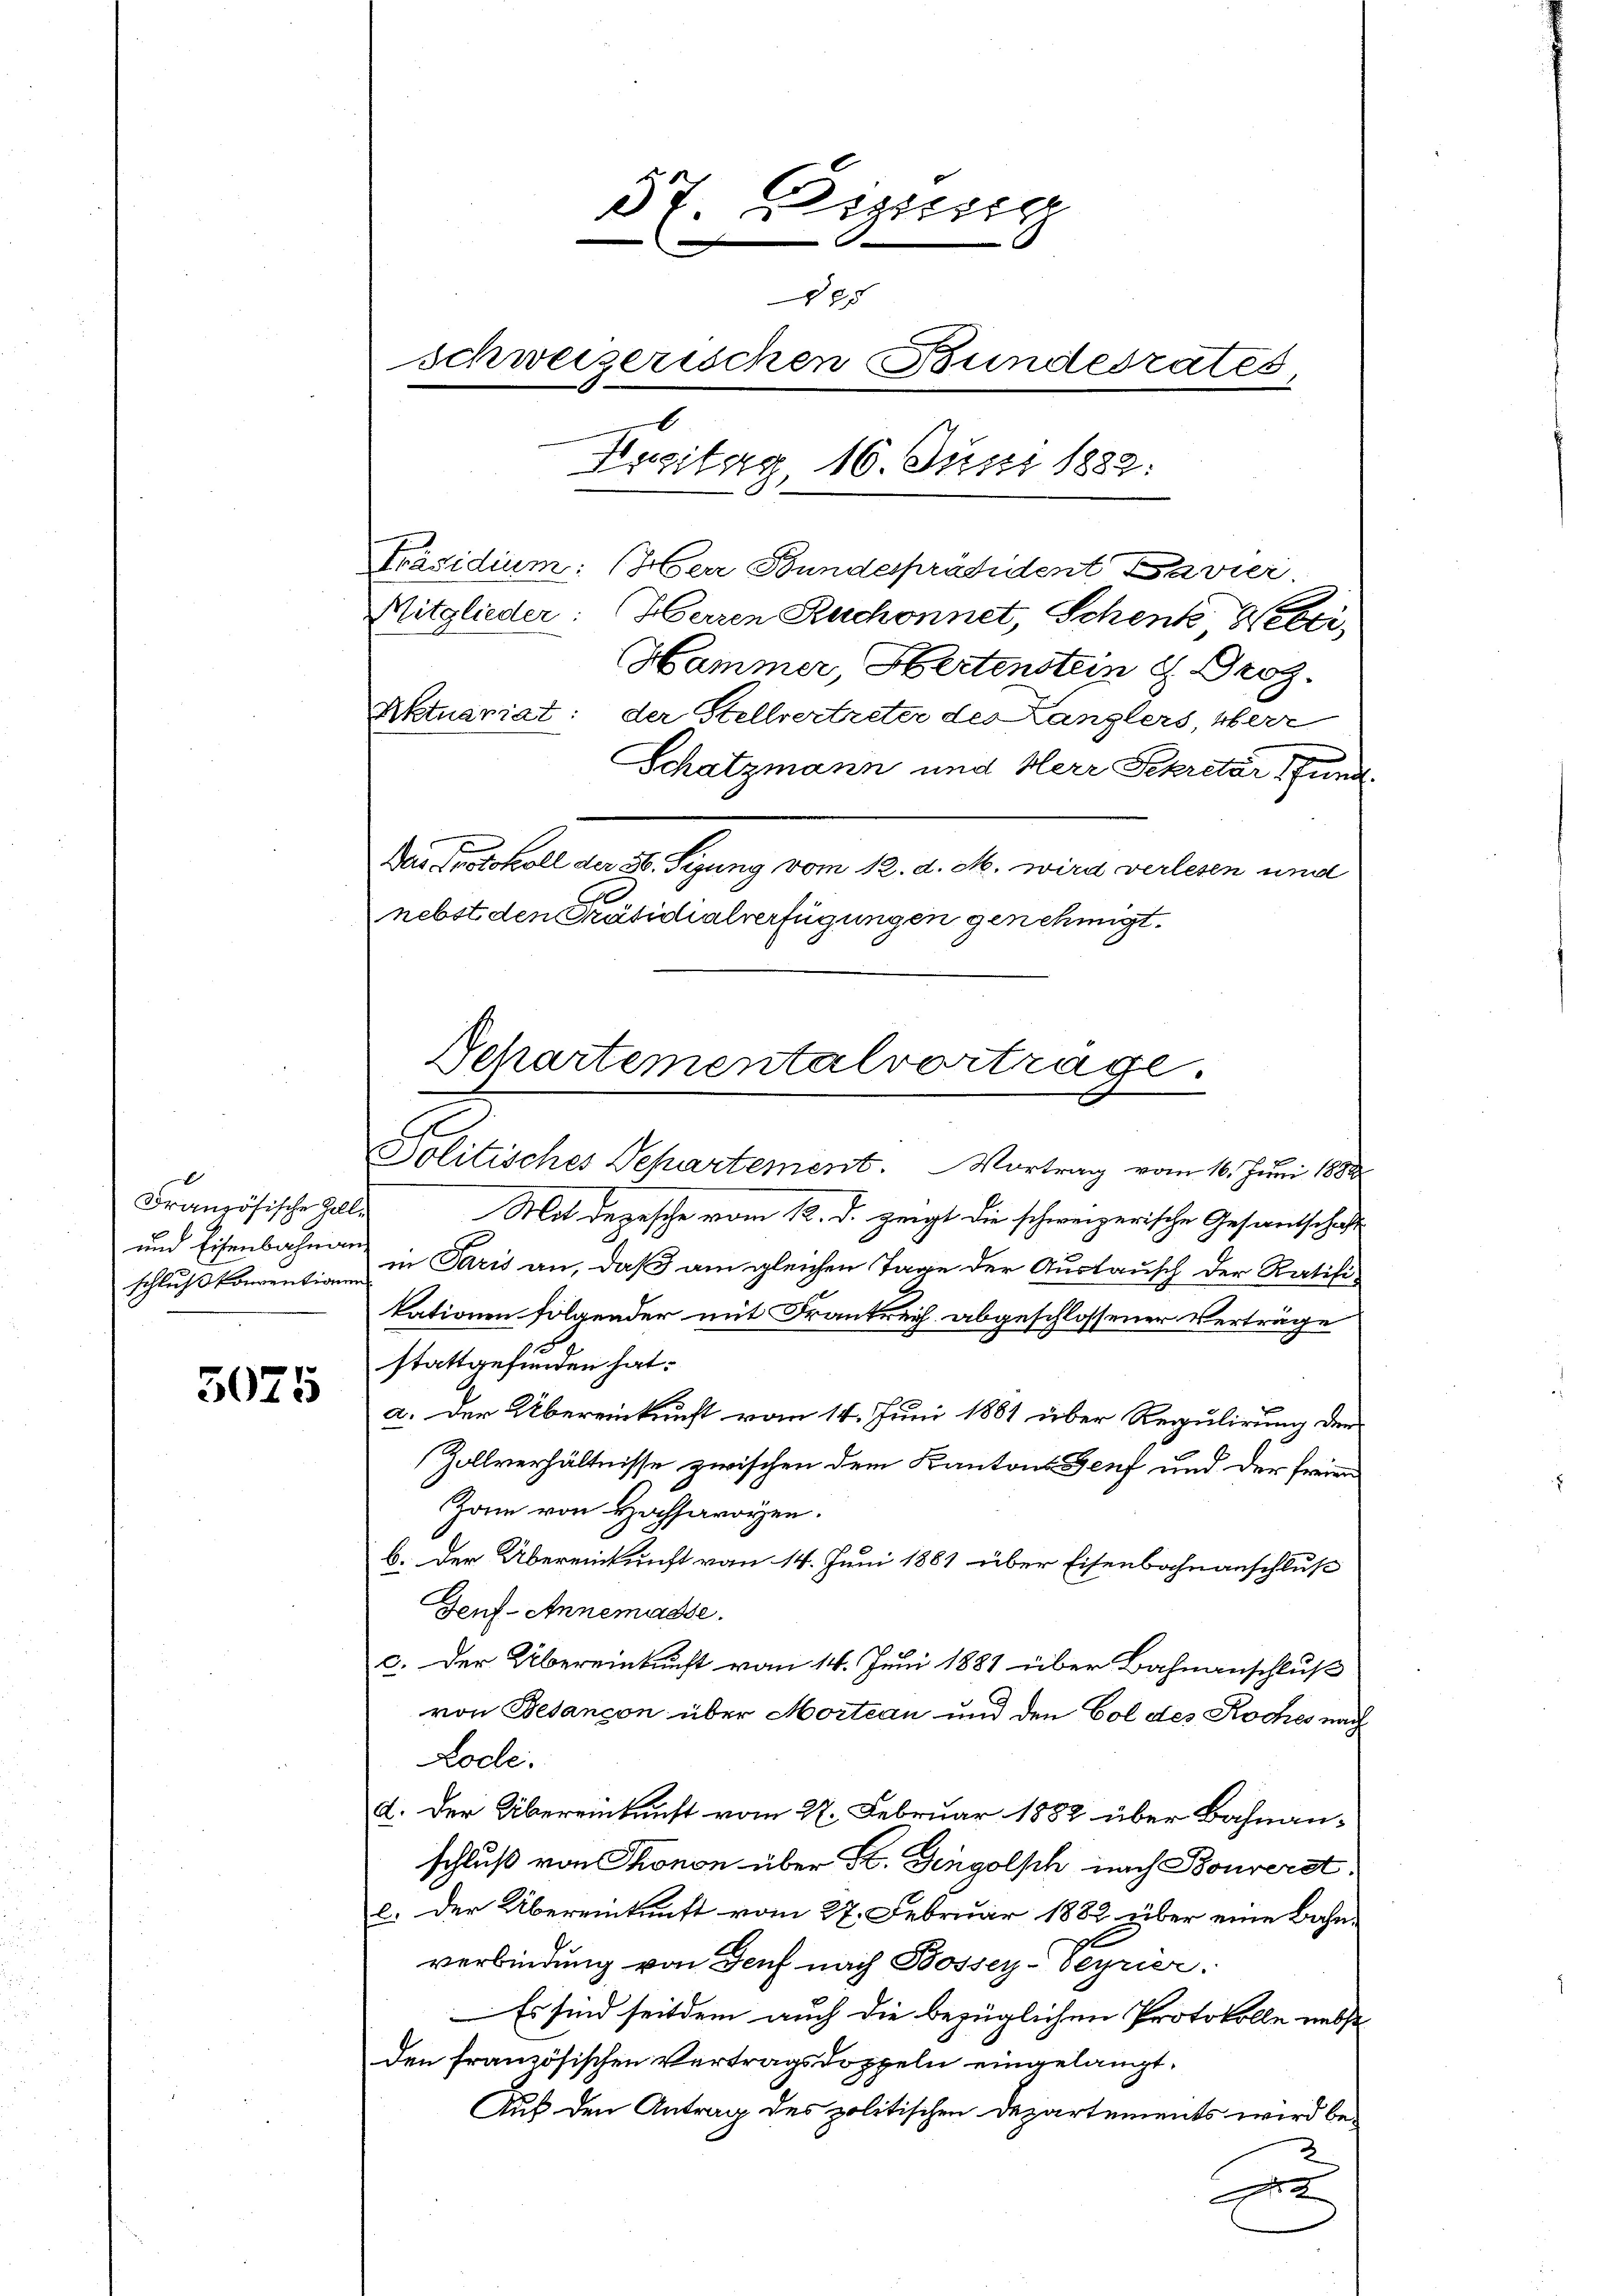
Französische Zoll¬
und Eisenbahnan
schluß konventionen

5075

57. Diesig
e
8x
Schweizerischen Bundesrates
l
Hugitag 16. Juni 1882.
Präsidium: (Herr Bundespräsident Bavier.
Mitglieder: Herren Ruchonnet, Schenk Welti,
Hammer Hertenstein u. Proz.
Aktuariat: der Stellvertreter des Kanzlers Herr
Schatzmann und Herr Sekretär 1 und

Das Protokoll der 36. Sizung vom 12. d. M. wird verlesen und
nebst den Präsidialverfügungen genehmigt.

Schartementalvorträge.
e
A
Politisches Separtement. Vortrag vom 16. Jŭni 1888

Mit Depesche vom 12. d. zeigt die schweizerische Gesandtschaft
in Paris an, daß am gleichen Tage der Auslausch der Ratifikationen folgender mit Frankreich abgeschlossener Verträge
stattgefunden hat.
a. Der Übereinkunft vom 14. Juni 1881 über Regulirung der
Zollverhältnisse zwischen dem Kantons Genf und der freien
Zan von Hochsavoyen.
b. Der Übereinkunft vom 14. Juni 1881 über Eisenbahnanschluß
Geuf-Annemasse.
c. Der Übereinkunft vom 14. Juni 1881 über Bahnanschluß
von Besançon über Mortan und den Col des Koches nach
Lode.
A. Der Übereinkunft vom 27. Februar 1882 über Bahnanschluß von Thonon über H. Gingolsch nach Bouverst
e. Der Übereinkunft vom 27. Februar 1882 über eine Bahnverbindung von Genf nach Bossey-Seyrier.
Es sind seitdem auch die bezüglichen Protokolle nebst
den französischen Vertragsdoppeln eingelangt.
Auf den Antrag des politischen Departements wird be¬
3
x